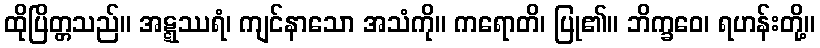
ထိုပြိတ္တသည်။ အဋ္ဋဿရံ၊ ကျင်နာသော အသံကို။ ကရောတိ၊ ပြု၏။ ဘိက္ခဝေ၊ ရဟန်းတို့။